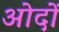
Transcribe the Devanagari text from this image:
ओदों